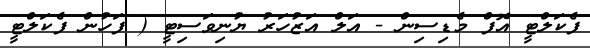
ފެކަލްޓީ އޮފް މެޑިސިން - އަލް އަޒުހަރު ޔުނިވަސިޓީ ( ފަހުން ފެކަލްޓީ